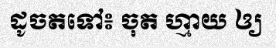
ដូចតទៅ៖ ចុត ហ្មាយ ឲ្យ